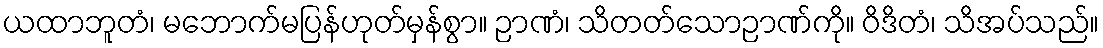
ယထာဘူတံ၊ မဘောက်မပြန်ဟုတ်မှန်စွာ။ ဉာဏံ၊ သိတတ်သောဉာဏ်ကို။ ဝိဒိတံ၊ သိအပ်သည်။